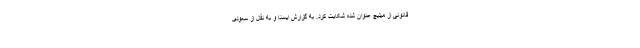
قانونی از میلیچ عنوان شده شکایت کرد. به گزارش ایسنا و به نقل از سعودی